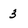
Character: 3